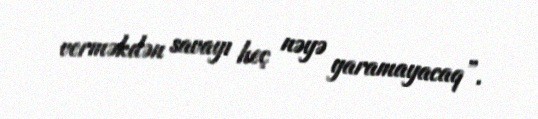
verməkdən savayı heç nəyə yaramayacaq”.